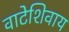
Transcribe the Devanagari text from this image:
वाटेशिवाय